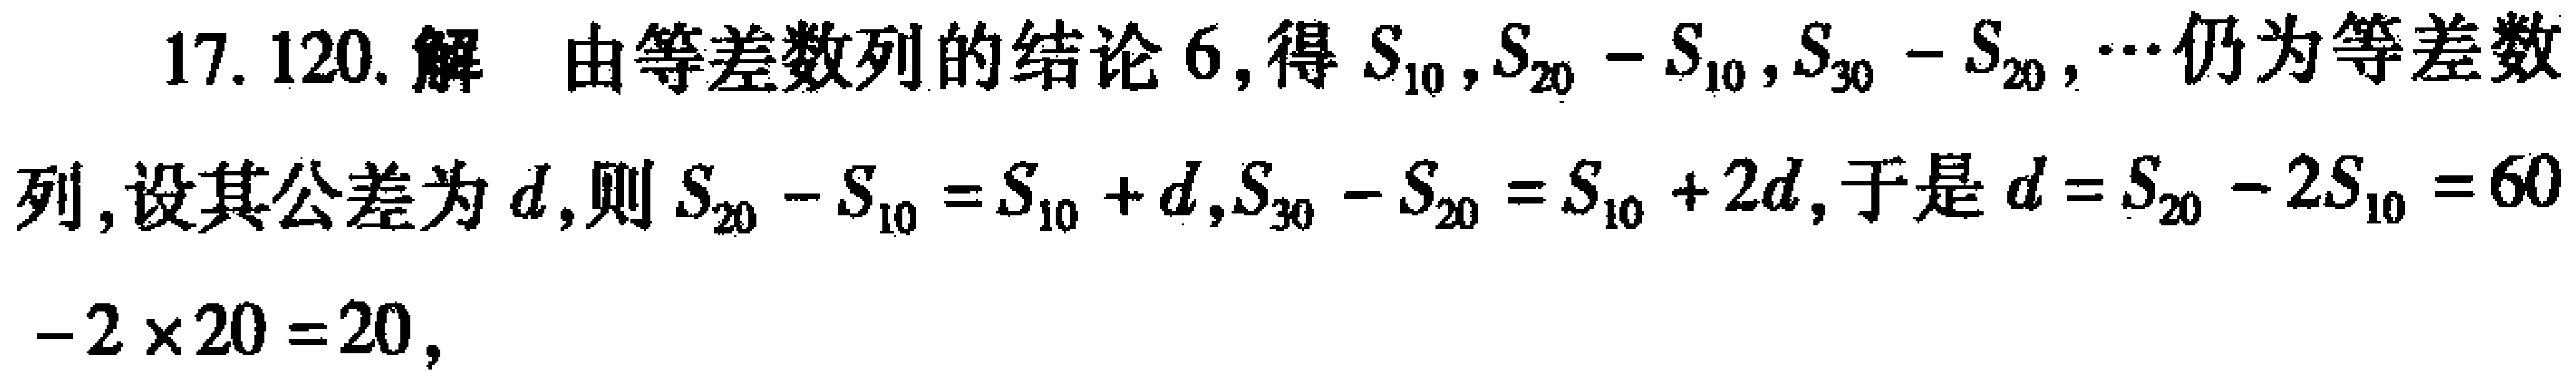
17. 120. 解 由等差数列的结论 6, 得 \(S_{10},S_{20}-S_{10},S_{30}-S_{20},\cdots\) 仍为等差数列, 设其公差为 \(d\), 则 \(S_{20}-S_{10}=S_{10}+d,S_{30}-S_{20}=S_{10}+2d\), 于是 \(d = S_{20}-2S_{10}=60 - 2\times20 = 20\),